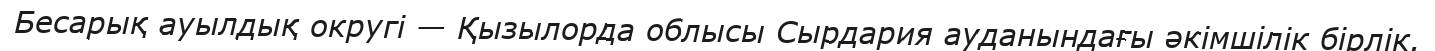
Бесарық ауылдық округі — Қызылорда облысы Сырдария ауданындағы әкімшілік бірлік.